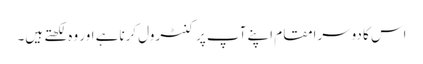
اس کا دوسرامقام اپنے آپ پر کنٹرول کرناہے اور وہ لکھتے ہیں۔